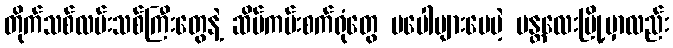
တိုက်သစ်လမ်းသစ်ကြီးတွေနဲ့ ဆိပ်ကမ်းစက်ရုံတွေ မပေါများပေမဲ့ မန္တလေးမြို့မှာလည်း